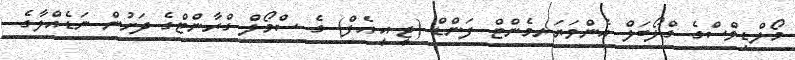
މޯލްޑިވްސްގެ ގްލޯބަލް އެންވަޔަރމެންޓް ފަންޑް (ޖީ.އީ.އެފް) ގެ ސްމޯލް ގްރާންޓްގެ ދަށުން ނަޑެއްލާގެ